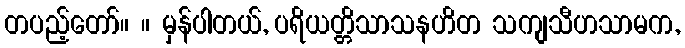
တပည့်တော်။ ။ မှန်ပါတယ်, ပရိယတ္တိသာသနဟိတ သကျသီဟသာမက,